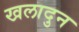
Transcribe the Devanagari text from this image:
खलादुन